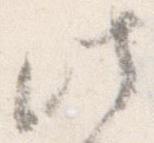
此